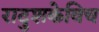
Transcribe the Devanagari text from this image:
रादुशकेविच